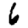
Digit: 6